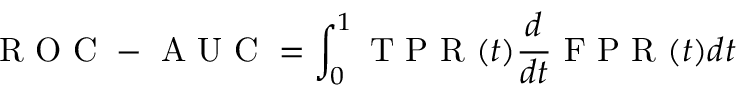
\mathrm { ~ R ~ O ~ C ~ - ~ A ~ U ~ C ~ } = \int _ { 0 } ^ { 1 } \mathrm { ~ T ~ P ~ R ~ } ( t ) \frac { d } { d t } \mathrm { ~ F ~ P ~ R ~ } ( t ) d t